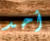
أحد